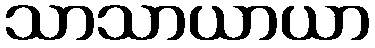
သာသာယာယာ